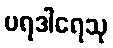
ပရဒါရေသု